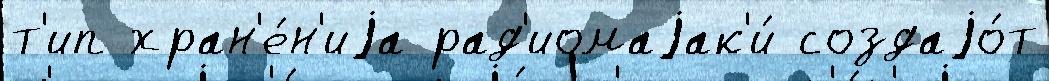
т'ип хран'е́н'иjа рад'иомаjак'и́ создаjо́т